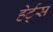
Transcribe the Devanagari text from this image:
हेर्ट्‌स